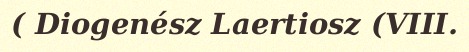
( Diogenész Laertiosz (VIII.